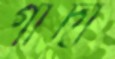
গাঁদা